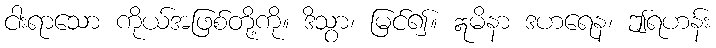
ငါးရာသော ကိုယ်အဖြစ်တို့ကို။ ဒိသွာ၊ မြင်၍။ ဣမိနာ ဒဟရေန၊ ဤရဟန်း